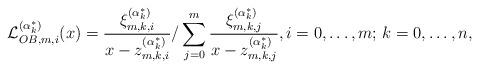
LaTeX: \begin{align*}{\mathcal{L}}_{OB,m,i}^{(\alpha _k^*)}(x) = \frac{{\xi _{m,k,i}^{(\alpha _k^*)}}}{{x - z_{m,k,i}^{(\alpha _k^*)}}}/\sum\limits_{j = 0}^m {\frac{{\xi _{m,k,j}^{(\alpha _k^*)}}}{{x - z_{m,k,j}^{(\alpha _k^*)}}}} ,i = 0, \ldots ,m;\,k = 0, \ldots ,n,\end{align*}